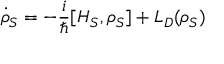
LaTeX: { \dot { \rho } } _ { S } = - { \frac { i } { \hbar } } [ H _ { S } , \rho _ { S } ] + L _ { D } ( \rho _ { S } )